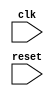
module behavioral_modeling_block (
    input wire clk,
    input wire reset,
    // other input/output ports here
);

// Declare a flip-flop to store the state of the block
reg block_state;

always @(posedge clk or negedge reset) begin
    if (reset == 0) begin
        block_state <= 0;
    end else if (clk == 1) begin
        // Behavioral modeling logic goes here
        // Example: Increment counter
        block_state <= block_state + 1;
    end
end

// Other behavioral modeling logic here

endmodule